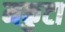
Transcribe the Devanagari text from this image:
मकुटा